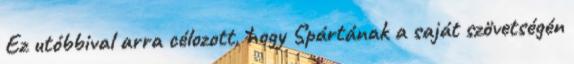
Ez utóbbival arra célozott, hogy Spártának a saját szövetségén